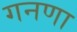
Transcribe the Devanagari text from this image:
गनणा